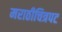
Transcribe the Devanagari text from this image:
मराठीचित्रपट